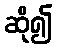
ဆို၍